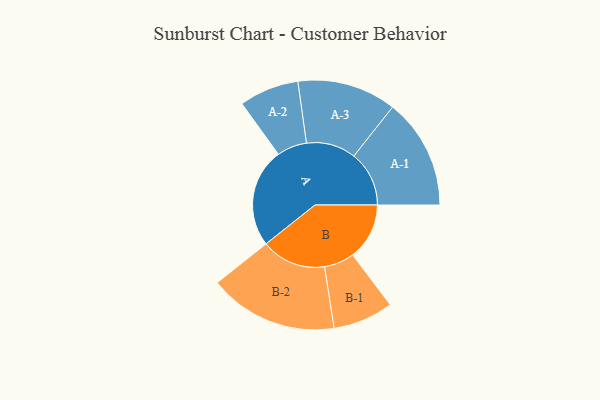
{"axis": {"x": "Segment", "y": "Value"}, "legend": ["", "A", "B"], "data": [{"x": "A", "y": 348, "type": ""}, {"x": "B", "y": 199, "type": ""}, {"x": "A-1", "y": 194, "type": "A"}, {"x": "A-2", "y": 105, "type": "A"}, {"x": "A-3", "y": 174, "type": "A"}, {"x": "B-1", "y": 106, "type": "B"}, {"x": "B-2", "y": 227, "type": "B"}]}